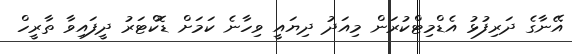
އޭނާގެ ދަރިފުޅު އެޑްމިޓްކުރަން މިއަދު ދިޔައީ ވިހާނެ ކަމަށް ޑޮކްޓަރު ދީފައިވާ ތާރީހް